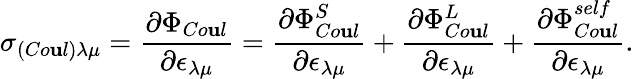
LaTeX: \sigma_{(Co\mathbf{u}l)\lambda\mu}=\frac{{\partial\Phi_{Co\mathbf{u}l}}}{{\partial\epsilon_{\lambda\mu}}}=\frac{{\partial\Phi_{Co\mathbf{u}l}^{S}}}{{\partial\epsilon_{\lambda\mu}}}+\frac{{\partial\Phi_{Co\mathbf{u}l}^{L}}}{{\partial\epsilon_{\lambda\mu}}}+\frac{{\partial\Phi_{Co\mathbf{u}l}^{self}}}{{\partial\epsilon_{\lambda\mu}}}.